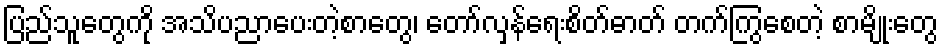
ပြည်သူတွေကို အသိပညာပေးတဲ့စာတွေ၊ တော်လှန်ရေးစိတ်ဓာတ် တက်ကြွစေတဲ့ စာမျိုးတွေ